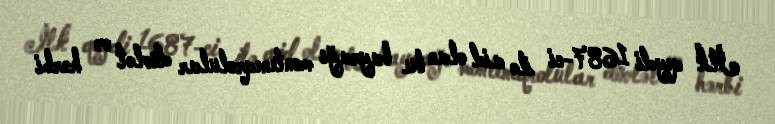
İlk qeydi 1687-ci ilə aid olan bu bayrağı monteneqrolular dövlət və hərbi